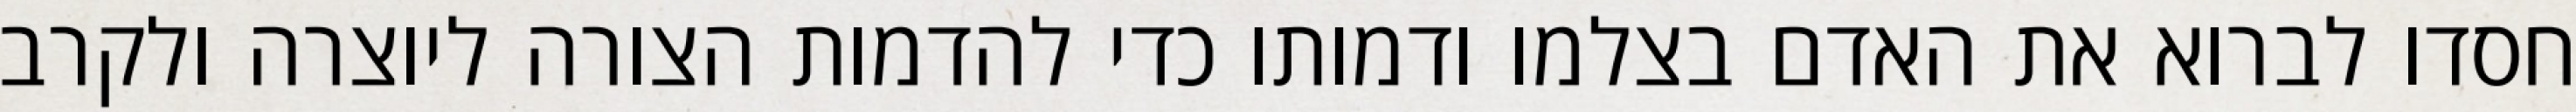
חסדו לברוא את האדם בצלמו ודמותו כדי להדמות הצורה ליוצרה ולקרב